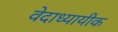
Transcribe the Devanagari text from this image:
वेदाध्यायीक